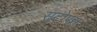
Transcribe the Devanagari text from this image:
सटोपस